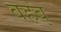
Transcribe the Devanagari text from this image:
वहब्